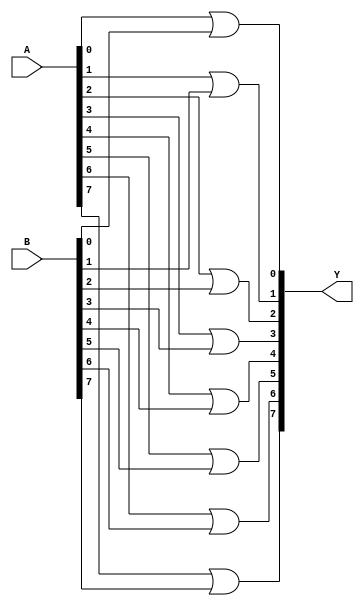
`timescale 1ns / 1ps
//////////////////////////////////////////////////////////////////////////////////
// Company: 
// Engineer: 
// 
// Design Name: 
// Module Name: OR_gate
// Project Name: 
// Target Devices: 
// Tool Versions: 
// Description: 
// 
// Dependencies: 
// 
// Revision:
// Revision 0.01 - File Created
// Additional Comments:
// 
//////////////////////////////////////////////////////////////////////////////////


module OR_gate(
output [7:0]Y,
input [7:0]A,B
    );
    
    or o1(Y[0],A[0],B[0]);
    or o2(Y[1],A[1],B[1]);
    or o3(Y[2],A[2],B[2]);
    or o4(Y[3],A[3],B[3]);
    or o5(Y[4],A[4],B[4]);
    or o6(Y[5],A[5],B[5]);
    or o7(Y[6],A[6],B[6]);
    or o8(Y[7],A[7],B[7]);
 
    
endmodule